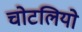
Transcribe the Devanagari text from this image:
चोटलियो